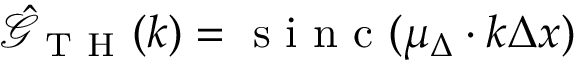
\hat { \mathcal { G } } _ { \mathrm { ~ T ~ H ~ } } ( k ) = \mathrm { ~ s ~ i ~ n ~ c ~ } ( \mu _ { \Delta } \cdot k \Delta x )